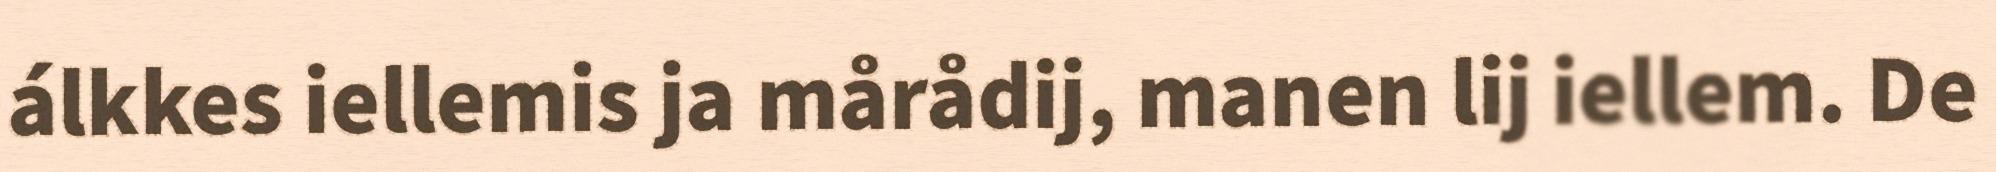
álkkes iellemis ja mårådij, manen lij iellem. De